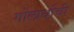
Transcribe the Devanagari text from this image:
गोलार्धाची